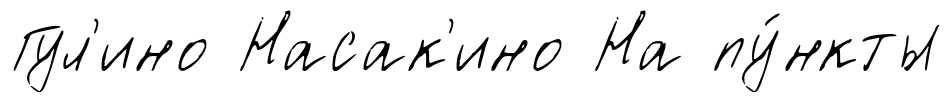
Гул'ино Насак'ино На пу́нкты